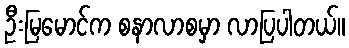
ဦးမြမောင်က စနာလာစမှာ လာပြပါတယ်။